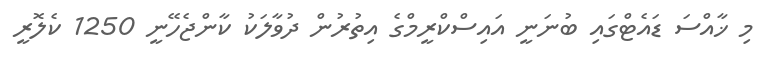
މި ޚާއްސަ ޑައެޓްގައި ބުނަނީ އައިސްކްރީމްގެ އިތުރުން ދުވާލަކު ކާންޖެހޭނީ 1250 ކެލޮރީ